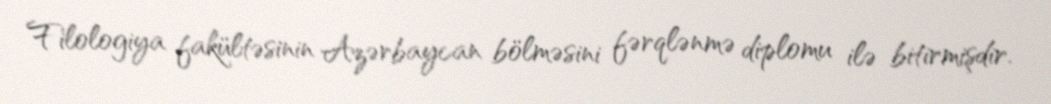
Filologiya fakültəsinin Azərbaycan bölməsini fərqlənmə diplomu ilə bitirmişdir.